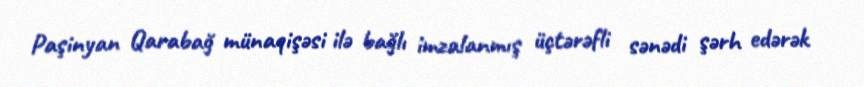
Paşinyan Qarabağ münaqişəsi ilə bağlı imzalanmış üçtərəfli sənədi şərh edərək